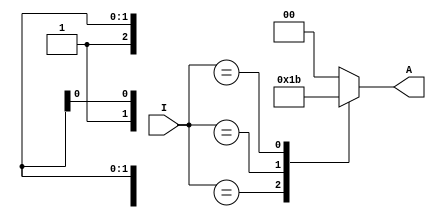
module p_en4to2 (input [3:0] I , output reg [1:0] A );


always @(*)
begin

    case(I)
    4'b0001: A=2'b00;
    4'b001x: A=2'b01;
    4'b01xx: A=2'b10;
    4'b1xxx: A=2'b11;
    default : A=2'b00;



    endcase

end


endmodule

`timescale 1ps/1ps

module p_en4to2_tb;
reg [3:0] I ;
wire [1:0] A;

p_en4to2 hi(I,A);

initial  begin
    I=4'b0000;#10;
    I=4'b0001;#10;
    I=4'b0010;#10;
    I=4'b0011;#10;
    I=4'b0100;#10;
    I=4'b0101;#10;
    I=4'b0110;#10;
    I=4'b0111;#10;
    I=4'b1000;#10;
    I=4'b1001;#10;
    I=4'b1010;#10;
    I=4'b1011;#10;
    I=4'b1100;#10;
    I=4'b1101;#10;
    I=4'b1110;#10;
    I=4'b1111;#10;
end



initial  begin

    $monitor("%b -> %b\n",I,A);
end




endmodule